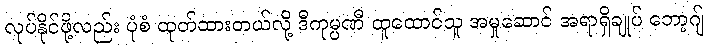
လုပ်နိုင်ဖို့လည်း ပုံစံ ထုတ်ထားတယ်လို့ ဒီကုမ္ပဏီ ထူထောင်သူ အမှုဆောင် အရာရှိချုပ် ဘော့ဂျ်